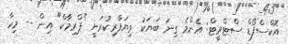
އޮކްސްފޯޑް ސްޓްރީޓް: އެންމެ ގިނަ ބަޔަކު ވިޔަފާރިކުރަނީ "ޕްރިމާކް" އިން -- މިހާ